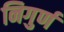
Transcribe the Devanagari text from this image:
निगुर्ण